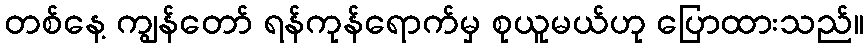
တစ်နေ့ ကျွန်တော် ရန်ကုန်ရောက်မှ စုယူမယ်ဟု ပြောထားသည်။